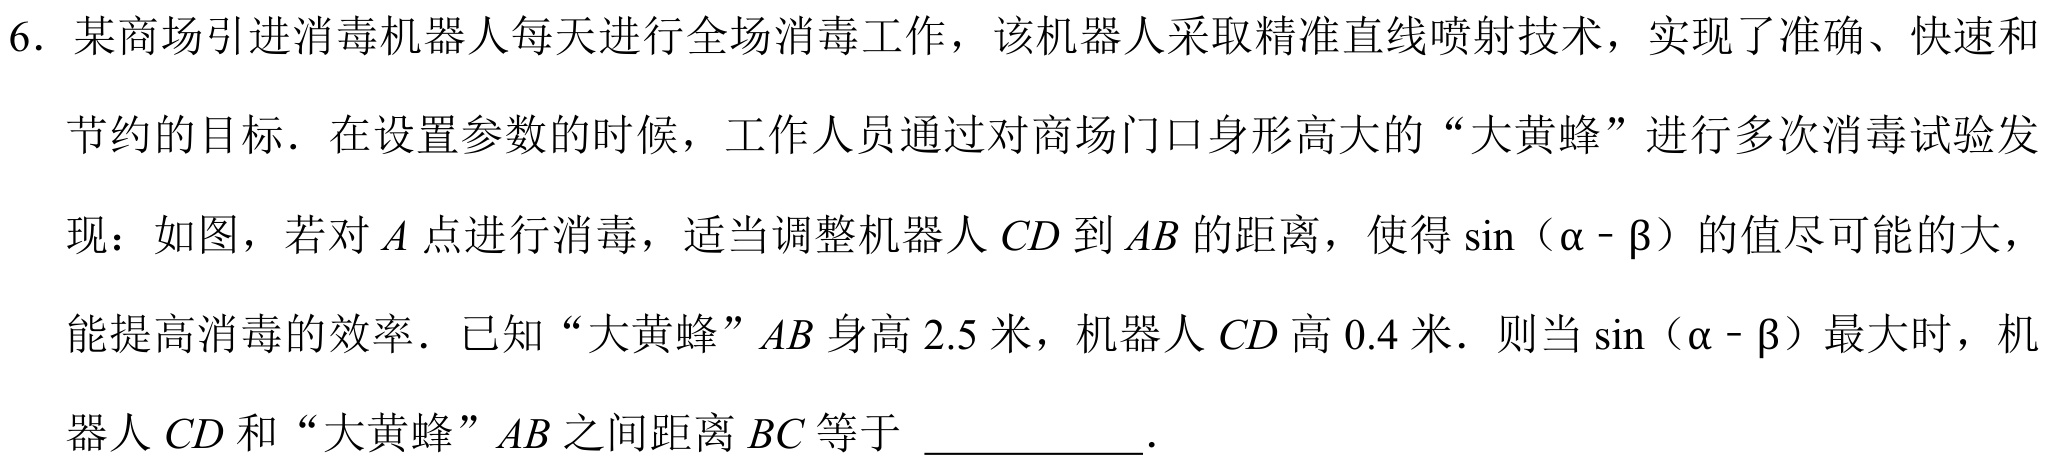
6. 某商场引进消毒机器人每天进行全场消毒工作，该机器人采取精准直线喷射技术，实现了准确、快速和
节约的目标．在设置参数的时候，工作人员通过对商场门口身形高大的“大黄蜂”进行多次消毒试验发
现：如图，若对\(A\)点进行消毒，适当调整机器人\(CD\)到\(AB\)的距离，使得\(\sin(\alpha - \beta)\)的值尽可能的大，
能提高消毒的效率．已知“大黄蜂”\(AB\)身高\(2.5\)米，机器人\(CD\)高\(0.4\)米．则当\(\sin(\alpha - \beta)\)最大时，机
器人\(CD\)和“大黄蜂”\(AB\)之间距离\(BC\)等于 ___________．